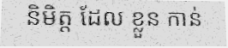
និមិត្ត ដែល ខ្លួន កាន់